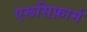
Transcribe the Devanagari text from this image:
एरूसिफ़ार्म